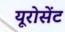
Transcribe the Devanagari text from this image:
यूरोसेंट